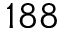
1 8 8